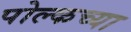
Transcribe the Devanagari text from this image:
पोल्कच्या